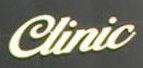
Clinic